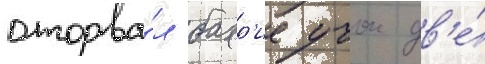
оторва́л бахр'ие учок дв'е́